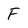
Character: F